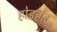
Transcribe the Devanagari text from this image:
होइहोंउ